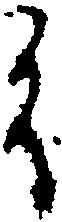
御